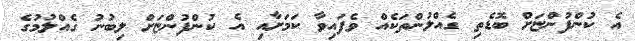
އެ ކުންފުންޏަށް ބޮޑެތި ގެއްލުންތަކެއް ވެފައިވާ ކަމަށާއި އެ ކުންފުންޏަށް ލިބުނު ގެއްލުމުގެ